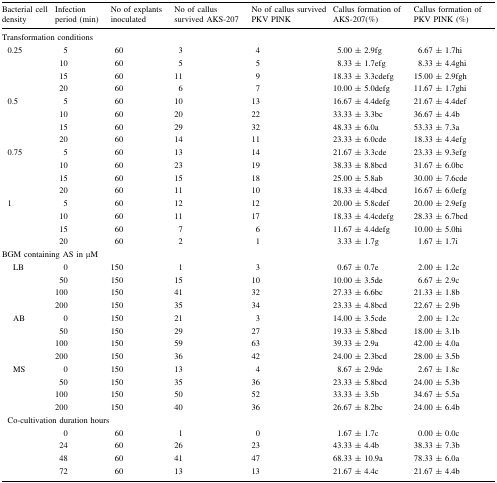
<table><thead><tr><td><b>Bacterial cell density</b></td><td><b>Infection period (min)</b></td><td><b>No of explants inoculated</b></td><td><b>No of callus survived AKS-207</b></td><td><b>No of callus survived PKV PINK</b></td><td><b>Callus formation of AKS-207(%)</b></td><td><b>Callus formation of PKV PINK (%)</b></td></tr></thead><tbody><tr><td colspan="7">Transformation conditions</td></tr><tr><td rowspan="4"> 0.25</td><td>5</td><td>60</td><td>3</td><td>4</td><td>5.00 ± 2.9fg</td><td>6.67 ± 1.7hi</td></tr><tr><td>10</td><td>60</td><td>5</td><td>5</td><td>8.33 ± 1.7efg</td><td>8.33 ± 4.4ghi</td></tr><tr><td>15</td><td>60</td><td>11</td><td>9</td><td>18.33 ± 3.3cdefg</td><td>15.00 ± 2.9fgh</td></tr><tr><td>20</td><td>60</td><td>6</td><td>7</td><td>10.00 ± 5.0defg</td><td>11.67 ± 1.7ghi</td></tr><tr><td rowspan="4"> 0.5</td><td>5</td><td>60</td><td>10</td><td>13</td><td>16.67 ± 4.4defg</td><td>21.67 ± 4.4def</td></tr><tr><td>10</td><td>60</td><td>20</td><td>22</td><td>33.33 ± 3.3bc</td><td>36.67 ± 4.4b</td></tr><tr><td>15</td><td>60</td><td>29</td><td>32</td><td>48.33 ± 6.0a</td><td>53.33 ± 7.3a</td></tr><tr><td>20</td><td>60</td><td>14</td><td>11</td><td>23.33 ± 6.0cde</td><td>18.33 ± 4.4efg</td></tr><tr><td rowspan="4"> 0.75</td><td>5</td><td>60</td><td>13</td><td>14</td><td>21.67 ± 3.3cde</td><td>23.33 ± 9.3efg</td></tr><tr><td>10</td><td>60</td><td>23</td><td>19</td><td>38.33 ± 8.8bcd</td><td>31.67 ± 6.0bc</td></tr><tr><td>15</td><td>60</td><td>15</td><td>18</td><td>25.00 ± 5.8ab</td><td>30.00 ± 7.6cde</td></tr><tr><td>20</td><td>60</td><td>11</td><td>10</td><td>18.33 ± 4.4bcd</td><td>16.67 ± 6.0efg</td></tr><tr><td rowspan="4"> 1</td><td>5</td><td>60</td><td>12</td><td>12</td><td>20.00 ± 5.8cdef</td><td>20.00 ± 2.9efg</td></tr><tr><td>10</td><td>60</td><td>11</td><td>17</td><td>18.33 ± 4.4cdefg</td><td>28.33 ± 6.7bcd</td></tr><tr><td>15</td><td>60</td><td>7</td><td>6</td><td>11.67 ± 4.4defg</td><td>10.00 ± 5.0hi</td></tr><tr><td>20</td><td>60</td><td>2</td><td>1</td><td>3.33 ± 1.7g</td><td>1.67 ± 1.7i</td></tr><tr><td colspan="7">BGM containing AS in μM</td></tr><tr><td rowspan="4">LB</td><td>0</td><td>150</td><td>1</td><td>3</td><td>0.67 ± 0.7e</td><td>2.00 ± 1.2c</td></tr><tr><td>50</td><td>150</td><td>15</td><td>10</td><td>10.00 ± 3.5de</td><td>6.67 ± 2.9c</td></tr><tr><td>100</td><td>150</td><td>41</td><td>32</td><td>27.33 ± 6.6bc</td><td>21.33 ± 1.8b</td></tr><tr><td>200</td><td>150</td><td>35</td><td>34</td><td>23.33 ± 4.8bcd</td><td>22.67 ± 2.9b</td></tr><tr><td rowspan="4">AB</td><td>0</td><td>150</td><td>21</td><td>3</td><td>14.00 ± 3.5cde</td><td>2.00 ± 1.2c</td></tr><tr><td>50</td><td>150</td><td>29</td><td>27</td><td>19.33 ± 5.8bcd</td><td>18.00 ± 3.1b</td></tr><tr><td>100</td><td>150</td><td>59</td><td>63</td><td>39.33 ± 2.9a</td><td>42.00 ± 4.0a</td></tr><tr><td>200</td><td>150</td><td>36</td><td>42</td><td>24.00 ± 2.3bcd</td><td>28.00 ± 3.5b</td></tr><tr><td rowspan="4">MS</td><td>0</td><td>150</td><td>13</td><td>4</td><td>8.67 ± 2.9de</td><td>2.67 ± 1.8c</td></tr><tr><td>50</td><td>150</td><td>35</td><td>36</td><td>23.33 ± 5.8bcd</td><td>24.00 ± 5.3b</td></tr><tr><td>100</td><td>150</td><td>50</td><td>52</td><td>33.33 ± 3.5b</td><td>34.67 ± 5.5a</td></tr><tr><td>200</td><td>150</td><td>40</td><td>36</td><td>26.67 ± 8.2bc</td><td>24.00 ± 6.4b</td></tr><tr><td colspan="7"> Co-cultivation duration hours</td></tr><tr><td rowspan="4"></td><td>0</td><td>60</td><td>1</td><td>0</td><td>1.67 ± 1.7c</td><td>0.00 ± 0.0c</td></tr><tr><td>24</td><td>60</td><td>26</td><td>23</td><td>43.33 ± 4.4b</td><td>38.33 ± 7.3b</td></tr><tr><td>48</td><td>60</td><td>41</td><td>47</td><td>68.33 ± 10.9a</td><td>78.33 ± 6.0a</td></tr><tr><td>72</td><td>60</td><td>13</td><td>13</td><td>21.67 ± 4.4c</td><td>21.67 ± 4.4b</td></tr></tbody></table>